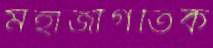
মহাজাগতিক